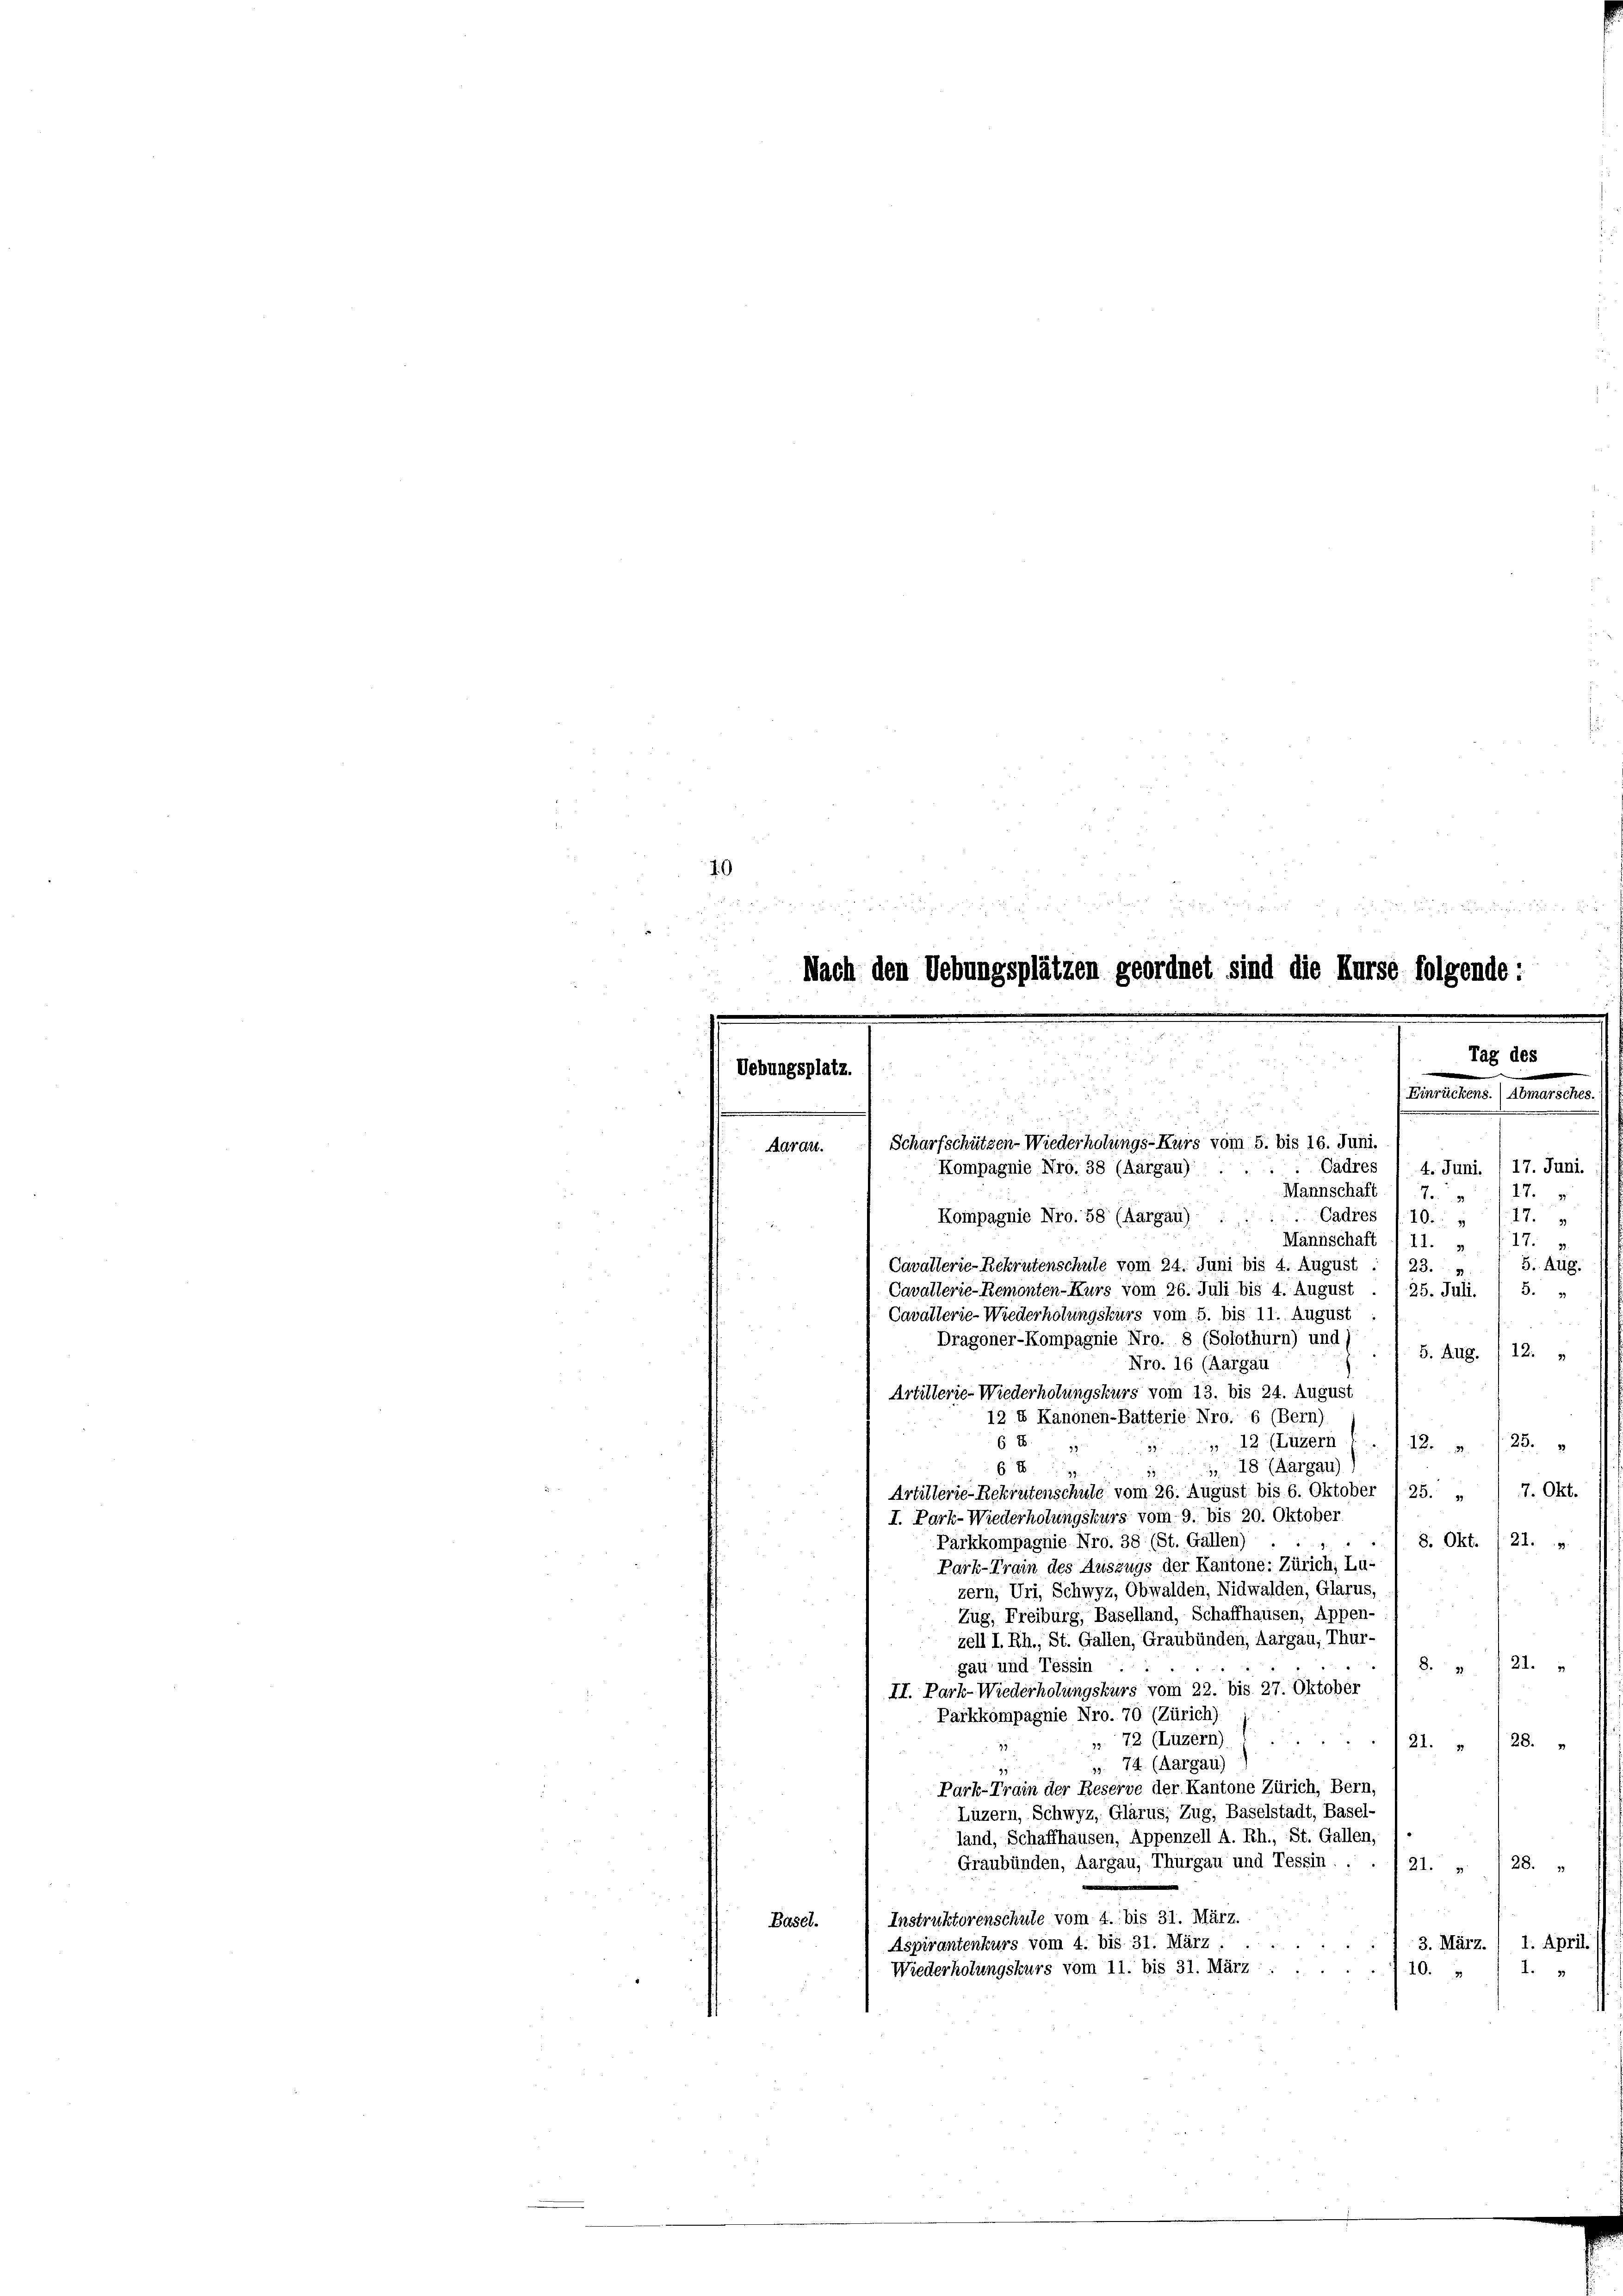
10

0 x
Nach den Uebungsplätzen geordnet sind die Kurse folgende:
Tag des
Uebungsplatz.
Einrückens. (Abmarscher

Scharfschützen-Wiederholungs-Kurs vom 5. bis 16. Juni.
Aarau
Cadres
4. Juni. 17. Juni.
Kompagnie Nro. 38 (Aargau)
Mannschaft 17. „ 117.
Cadres
17.
Kompagnie Nro. 58 (Aargau) :
10.
u
Mannschaft (11. „ 117. v.
Cavallerie-Rekrutenschule vom 24. Juni bis 4. August : 123. „ / 5. Aug.

Cavallerie-Remonten-Kurs vom 26. Juli bis 1. August . . 25. Juli. / 5. „
Cavallerie-Wiederholungskurs vom 5. bis 11. August
Dragoner-Kompagnie Nro. 8 (Solothurn) und s
5. Aug. 12.
Nro. 16 (Aargau
Artillerie-Wiederholungskurs vom 13. bis 24. August
12 & Kanonen-Batterie: Nro. 6 (Bern)
6 8
 12 (Luzern (112. " (25.
18 (Aargau),
63
Artillerie-Rekrutenschule vom 26. August bis 6. Oktober 125. „ ) 7. Okt.
I. Park-Wiederholungskurs vom 9. bis 20. Oktober
8. Okt. (21.
Pärkkompagnie Nro. 38 (St. Gallen)
Park-Train des Auszugs der Kantone: Zürich, Lu-
zern, Uri, Schwyz, Obwalden, Nidwalden, Glarus,
Zug, Freiburg, Baselland, Schaffhausen, Appen-
zell I.Rh., St. Gallen, Graubünden, Aargau, Thur-
21.
3
gau und Tessin
II. Park-Wiederholungskurs vom 22. bis 27. Oktober
Parkkompagnie Nro. 70 (Zürich)
u
 72 (Luzern).
21. 28. „
32
». 74. (Aargau)
Park-Train der Reserve der Kantone Zürich, Bern,
Luzern, Schwyz, Glarus, Zug, Baselstadt, Basel-
land, Schaffhausen, Appenzell A. Rh., St. Gallen,
Graubünden, Aargau, Thurgau und Tessin . .
28.
121.
Instruktorenschule vom 4. bis 31. März.
Basel.
Aspirantenkurs vom 4. bis 31. März.
3. März. / 1. April.
Wiederholungskurs vom 11. bis 31. März/10. „